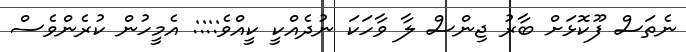
ނެތަސް ފޫކޮޅަށް ބާރު ޖިންސް ލާ ވާހަކަ ނުދެއްކީ ކީއްވެ:::: އެމީހުން ކުރެންވެސް